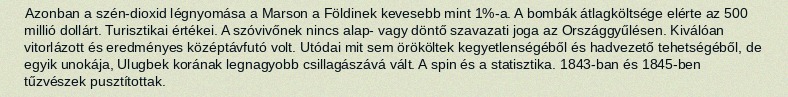
Azonban a szén-dioxid légnyomása a Marson a Földinek kevesebb mint 1%-a. A bombák átlagköltsége elérte az 500 millió dollárt. Turisztikai értékei. A szóvivőnek nincs alap- vagy döntő szavazati joga az Országgyűlésen. Kiválóan vitorlázott és eredményes középtávfutó volt. Utódai mit sem örököltek kegyetlenségéből és hadvezető tehetségéből, de egyik unokája, Ulugbek korának legnagyobb csillagászává vált. A spin és a statisztika. 1843-ban és 1845-ben tűzvészek pusztítottak.